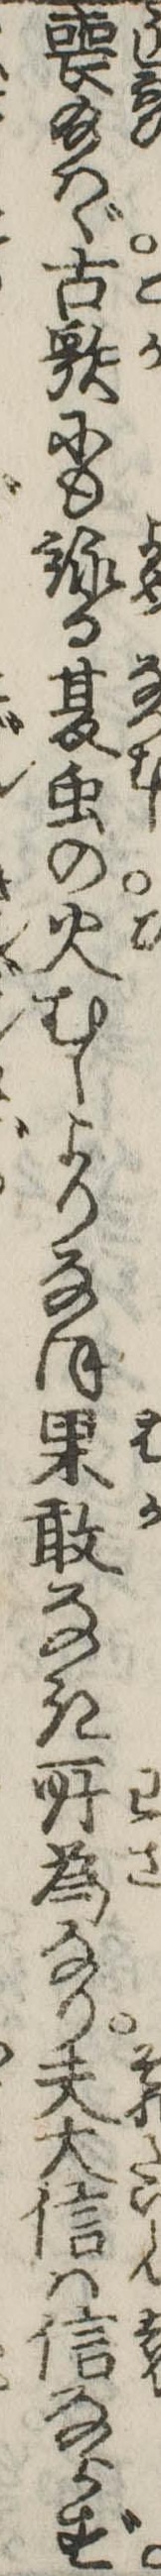
喪給はゞ古歌にも詠る夏虫の火むしよりなほ果敢なき所為なり夫大信は信ならず